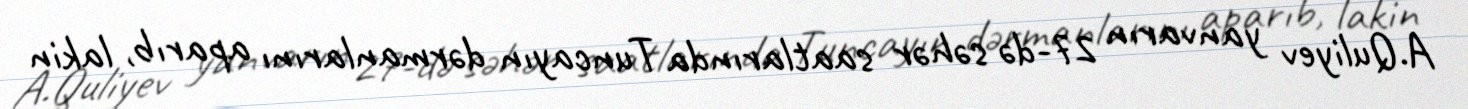
A.Quliyev yanvarın 27-də səhər saatlarında Tuncayın dərmanlarını aparıb, lakin